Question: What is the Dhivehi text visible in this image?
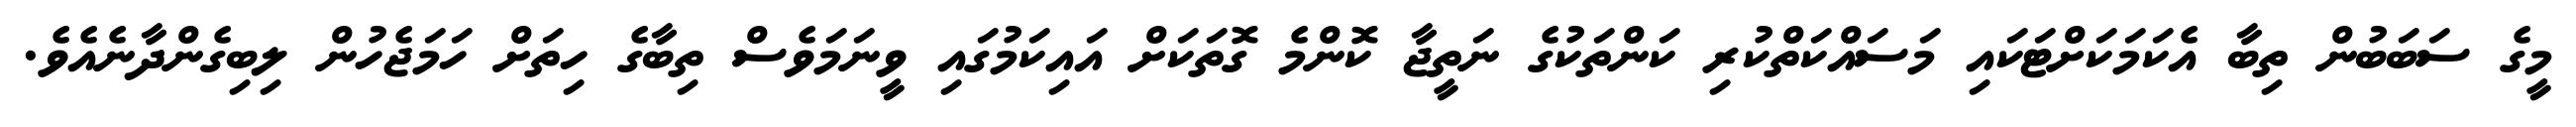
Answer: މީގެ ސަބަބުން ތިބާ އެކަމަކަށްޓަކައި މަސައްކަތްކުރި ކަންތަކުގެ ނަތީޖާ ކޮންމެ ގޮތަކަށް އައިކަމުގައި ވީނަމަވެސް ތިބާގެ ހިތަށް ހަމަޖެހުން ލިބިގެންދާނެއެވެ.